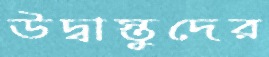
উদ্বাস্তুদের